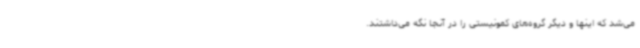
می‌شد که اینها و دیگر گروه‌های کمونیستی را در آنجا نگه می‌داشتند.